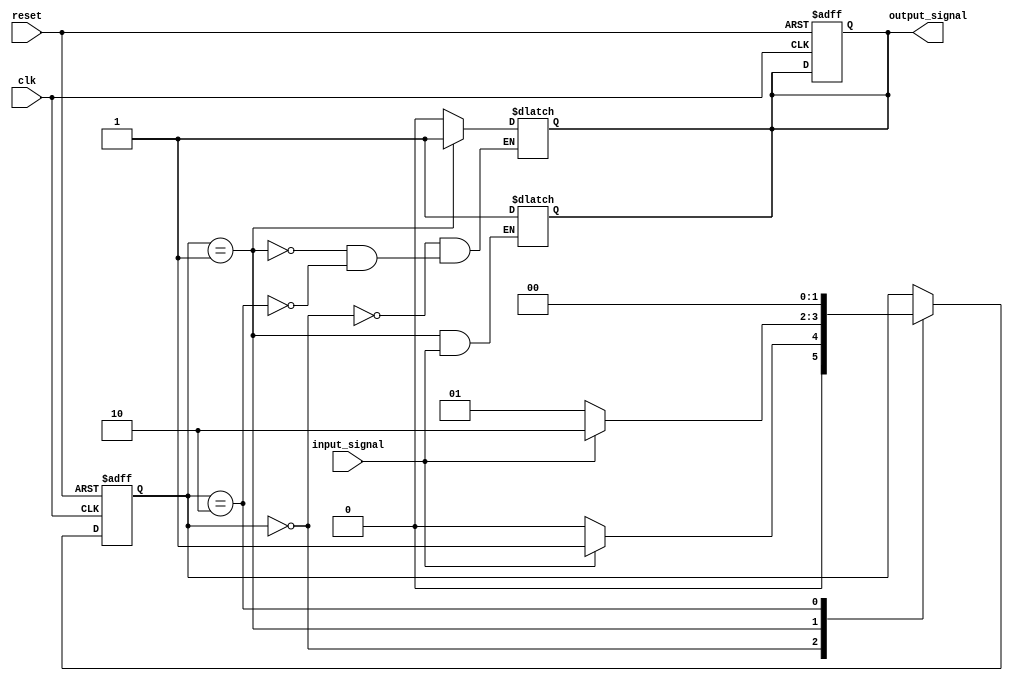
module Mealy_State_Machine_with_Wait_States (
    input clk,
    input reset,
    input input_signal,
    output reg output_signal
);

// State variables
parameter S0 = 0;
parameter S1 = 1;
parameter S2 = 2;

reg [1:0] state;
reg wait_state;

// State transitions and outputs
always @(posedge clk or posedge reset) begin
    if (reset) begin
        state <= S0;
        wait_state <= 0;
        output_signal <= 0;
    end else begin
        case(state)
            S0: begin
                if (input_signal) begin
                    state <= S1;
                end else begin
                    state <= S0;
                end
                wait_state <= 1; // Wait state
            end
            S1: begin
                if (input_signal) begin
                    state <= S2;
                end else begin
                    state <= S1;
                end
                wait_state <= 0;
            end
            S2: begin
                state <= S0;
                wait_state <= 0;
            end
        endcase
    end
end

// Moore output
always @(state) begin
    case(state)
        S0: output_signal <= 0;
        S1: output_signal <= 1;
        S2: output_signal <= 0;
    endcase
end

// Mealy output
always @(state or input_signal) begin
    if (state == S1 && input_signal) begin
        output_signal <= 1;
    end
end

endmodule